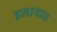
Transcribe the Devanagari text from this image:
इलायास